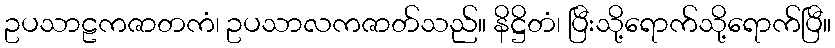
ဥပသာဠကဇာတကံ၊ ဥပသာလကဇာတ်သည်။ နိဋ္ဌိတံ၊ ပြီးသို့ရောက်သို့ရောက်ပြီ။